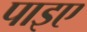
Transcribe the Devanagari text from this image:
पाइए